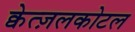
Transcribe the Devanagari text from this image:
क्वेत्ज़लकोटल